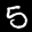
Label: 5